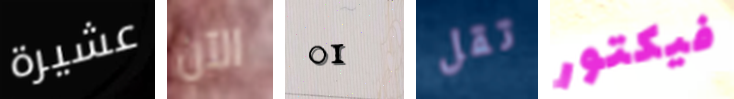
عشيرة الآن 01 تقل فيكتور